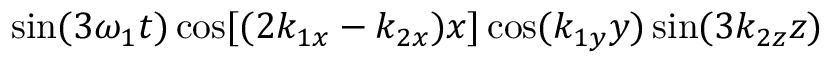
\sin ( 3 \omega _ { 1 } t ) \cos [ ( 2 k _ { 1 x } - k _ { 2 x } ) x ] \cos ( k _ { 1 y } y ) \sin ( 3 k _ { 2 z } z )